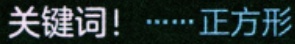
关键词！······正方形